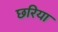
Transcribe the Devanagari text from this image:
छरिया